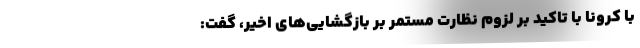
با کرونا با تاکید بر لزوم نظارت مستمر بر بازگشایی‌های اخیر، گفت: